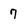
Character: 7